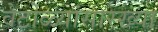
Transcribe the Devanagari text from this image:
वेटोळ्यांसारख्या